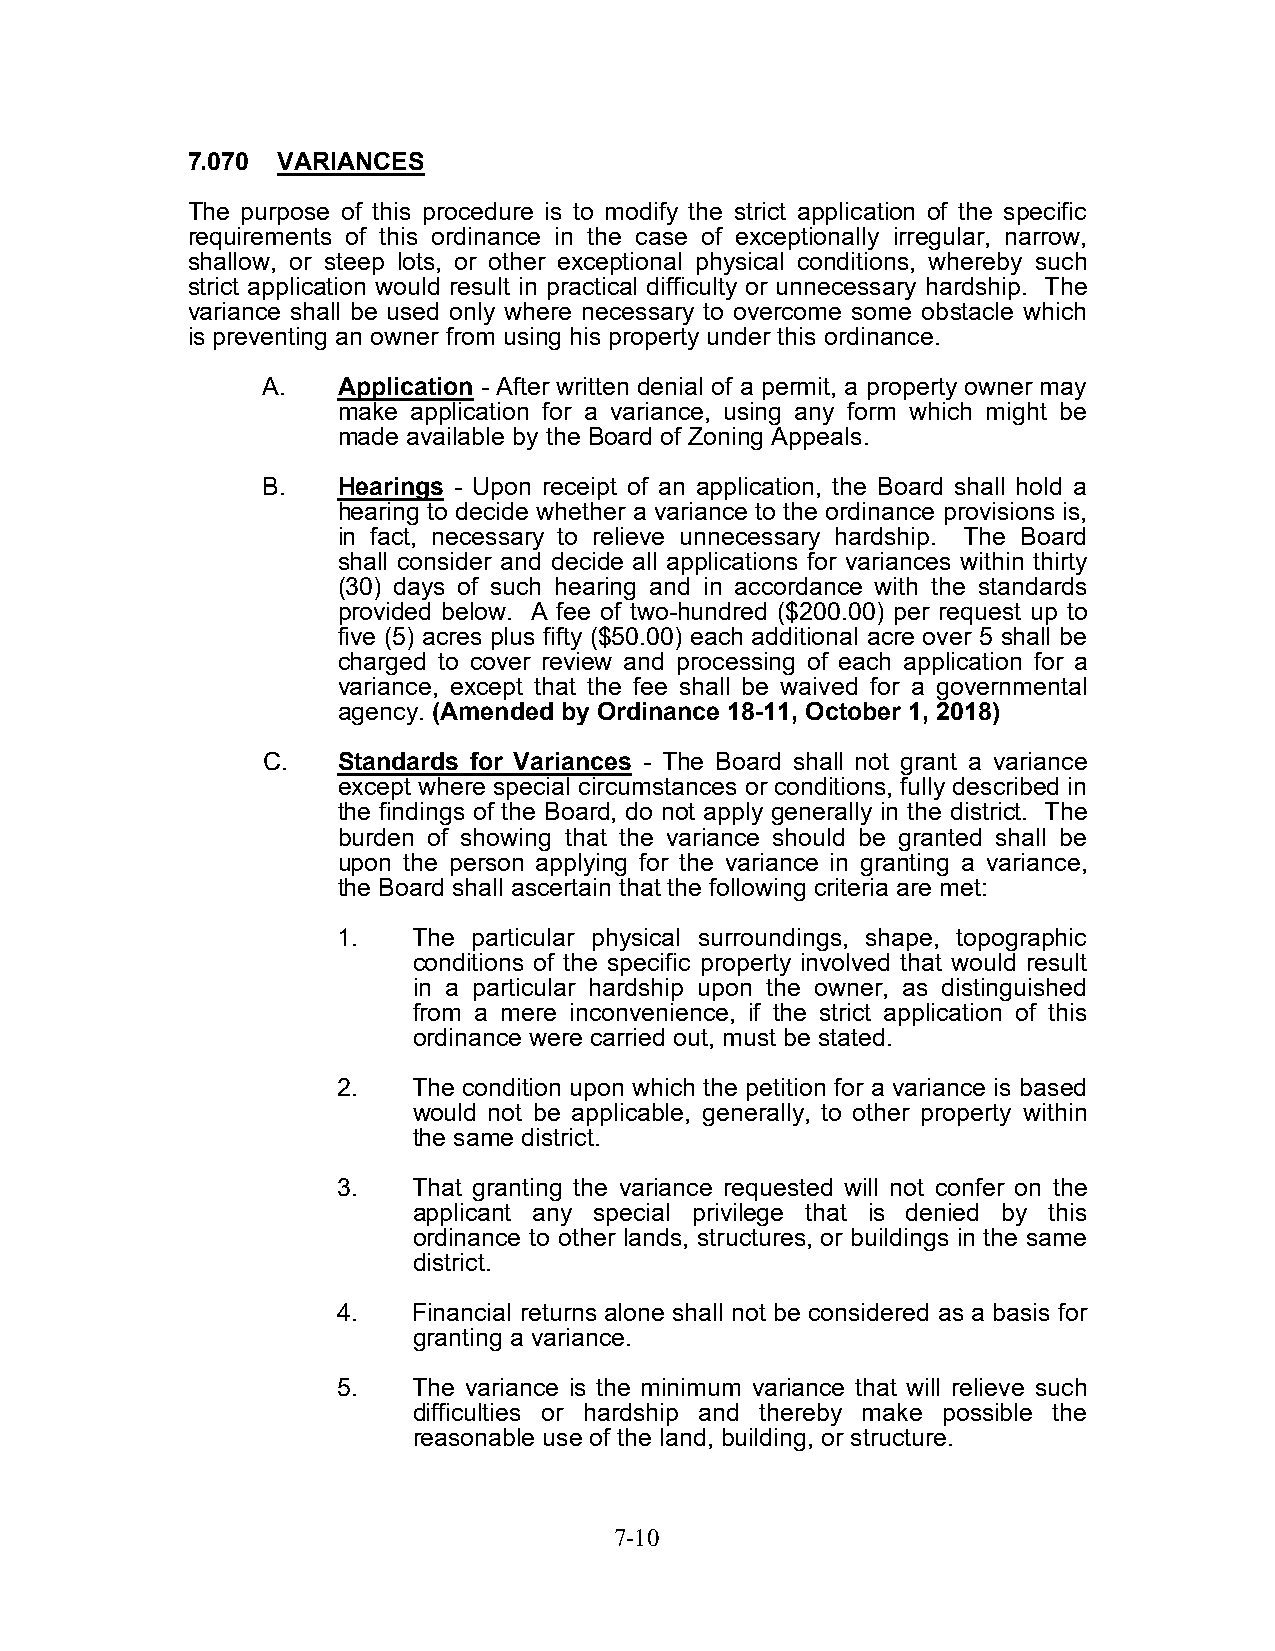
7.070 VARIANCES
 The purpose of this procedure is to modify the strict application of the specific
 requirements of this ordinance in the case of exceptionally irregular, narrow,
 shallow, or steep lots, or other exceptional physical conditions, whereby such
 strict application would result in practical difficulty or unnecessary hardship. The
 variance shall be used only where necessary to overcome some obstacle which
 is preventing an owner from using his property under this ordinance.
 A.   Application - After written denial of a permit, a property owner may
 make application for a variance, using any form which might be
 made available by the Board of Zoning Appeals.
 B.   Hearings - Upon receipt of an application, the Board shall hold a
 hearing to decide whether a variance to the ordinance provisions is,
 in fact, necessary to relieve unnecessary hardship. The Board
 shall consider and decide all applications for variances within thirty
 (30) days of such hearing and in accordance with the standards
 provided below. A fee of two-hundred ($200.00) per request up to
 five (5) acres plus fifty ($50.00) each additional acre over 5 shall be
 charged to cover review and processing of each application for a
 variance, except that the fee shall be waived for a governmental
 agency. (Amended by Ordinance 18-11, October 1, 2018)
 C.   Standards for Variances - The Board shall not grant a variance
 except where special circumstances or conditions, fully described in
 the findings of the Board, do not apply generally in the district. The
 burden of showing that the variance should be granted shall be
 upon the person applying for the variance in granting a variance,
 the Board shall ascertain that the following criteria are met:
 1.   The particular physical surroundings, shape, topographic
 conditions of the specific property involved that would result
 in a particular hardship upon the owner, as distinguished
 from a mere inconvenience, if the strict application of this
 ordinance were carried out, must be stated.
 2.   The condition upon which the petition for a variance is based
 would not be applicable, generally, to other property within
 the same district.
 3.   That granting the variance requested will not confer on the
 applicant any special privilege that is denied by this
 ordinance to other lands, structures, or buildings in the same
 district.
 4.   Financial returns alone shall not be considered as a basis for
 granting a variance.
 5.   The variance is the minimum variance that will relieve such
 difficulties or hardship and thereby make possible the
 reasonable use of the land, building, or structure.
 7-10